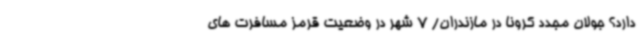
دارد؟ جولان مجدد کرونا در مازندران/ 7 شهر در وضعیت قرمز مسافرت های